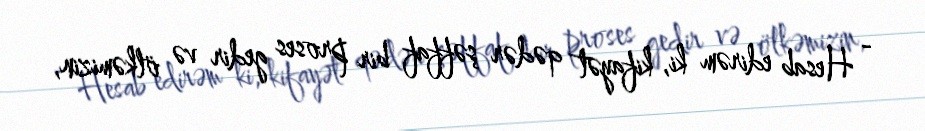
- Hesab edirəm ki, kifayət qədər şəffaf bir proses gedir və ölkəmizin,